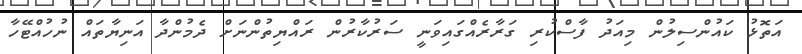
އަތޮޅު ކައުންސިލުން މިއަދު ފާސްކުރި ގަރާރެއްގައިވަނީ ސަރުކާރުން ރައްޔިތުންނަށް ދެމުންދާ އަނިޔާތައް ނުހުއްޓޭހާ